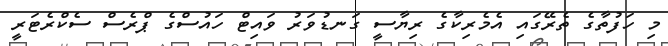
މި ހަފުތާގެ ތެރޭގައި އެމެރިކާގެ ރިޔާސީ ގަނޑުވަރު ވައިޓް ހައުސްގެ ޕްރެސް ސެކްރެޓަރީ